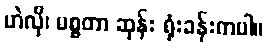
ဟဲလို၊ မစ္စတာ ဆုန်း ရုံးခန်းကပါ။